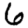
Digit: 6